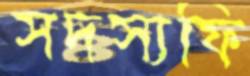
সদস্যফি